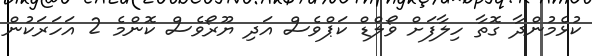
ކުޅެމުންދާ ގޮތާ ހިލާފަށް ވޯލްޑް ކަޕްވެސް އަދި ޔޫރޯވެސް ކޮންމެ 2 އަހަރަކުން